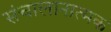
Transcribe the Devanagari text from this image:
संचालानात्मक